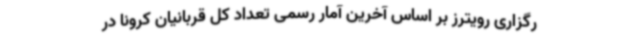
رگزاری رویترز بر اساس آخرین آمار رسمی تعداد کل قربانیان کرونا در